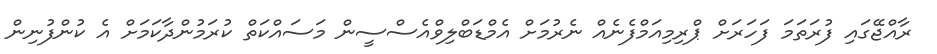
ރާއްޖޭގައި ފުރަތަމަ ފަހަރަަށް ޕްރިމިއަމްފެނެއް ނެރުމަށް އެމްޑަބްލިވްއެސްސީން މަސައްްކަތް ކުރަމުންދާކަމަށް އެ ކުންފުނިން